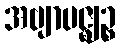
အဗျာပဇ္ဈဉ္စ